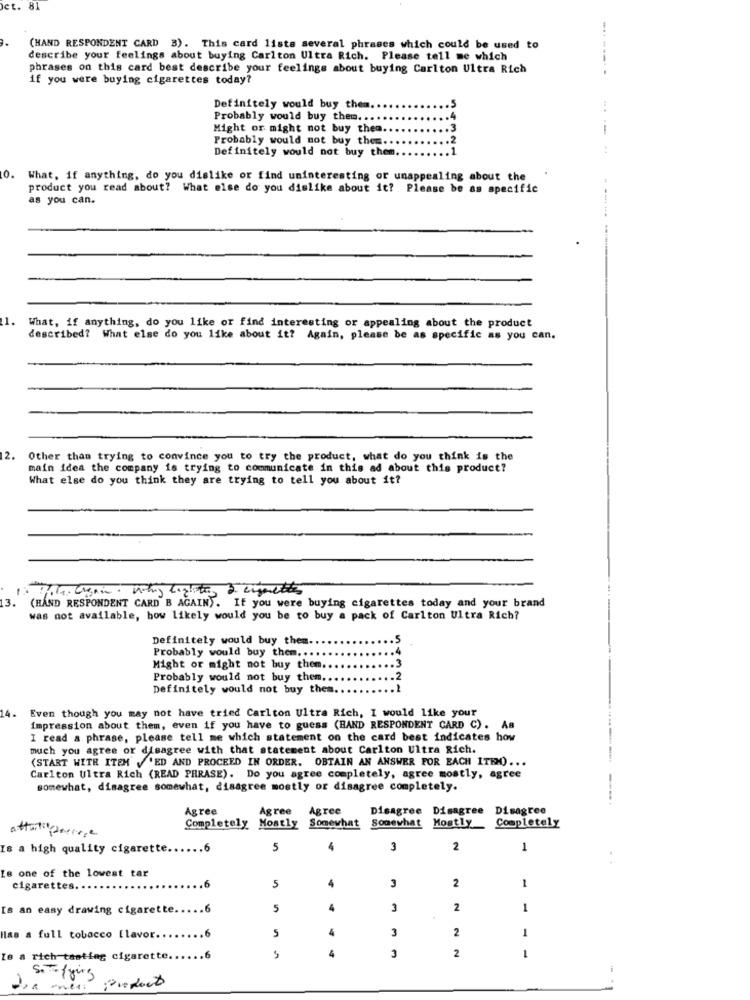
et. 8
(HAND RESPONDENT CARD 3). This card lists several phrases which could be used to
describe your feelings about buying Carlton Ultra Rich. Please tell me which
phrases on this card best describe your feelings about buying Carlton Ultra Rich
------
if you were buying cigarettes today?
Definitely would buy them.
Probably would buy them. ..
Might or might not buy them.
Probably would not buy the =..
Definitely would not buy them ..
14321
0. What, if anything, do you dislike or find uninteresting or unappealing about the
product you read about? What else do you dislike about it? Please be as specific
as you can.
1.
What, if anything, do you like or find interesting or appealing about the product
described? What else do you like about it? Again, please be as specific as you can.
2.
Other than trying to convince you to try the product, what do you think is the
main idea the company is trying to communicate in this ad about this product?
What else do you think they are trying to tell you about it?
13.
(HÅND RESPONDENT CARD B AGAIN). If you were buying cigarettes today and your brand
was not available, bow likely would you be to buy a pack of Carlton Ultra Rich?
Definitely would buy them ..
Probably would buy them ....
Might or might not buy them.
Probably would not buy them.
.2
Definitely would not buy them.
.1
Even though you may not have tried Carlton Ultra Rich, I would like your
14.
Impression about them, even if you have to guess (BAND RESPONDENT CARD C). AB
I read a phrase, please tell me which statement on the card best indicates how
much you agree or disagree with that statement about Carlton Ultra Rich.
(START WITH ITEM' ,'ED AND PROCEED IN ORDER. OBTAIN AN ANSWER FOR EACH ITEM) ...
Carlton Ultra Rich (READ PHRASE). Do you agree completely, agree mostly, agree
somewhat, disagree somewhat, disagree mostly or disagree completely.
Agree
Agree
Agree
Disagree Disagree
Disagree
attali carcere
Completely
Mostly Somewhat Somewhat Mostly
Completely
Is a high quality cigarette.
.6
5
3
2
1
Is one of the lowest tar
2
cigarettes
.6
5
4
3
Is an easy drawing cigarette ..
.6
5
4
3
2
1
4
2
Hlas a full tobacco [lavor.
.6
5
3
1
4
3
2
Ze a rich tasting cigarette.
.6
Products